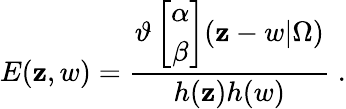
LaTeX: E(\mathbf{z},w)=\frac{{\vartheta\left[\begin{array}{c}{{\alpha}}\\ {{\beta}}\end{array}\right](\mathbf{z}-w|\Omega)}}{{h(\mathbf{z})h(w)}}\; .